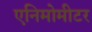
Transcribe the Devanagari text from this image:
एनिमोमीटर